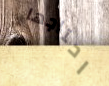
احتاجها